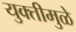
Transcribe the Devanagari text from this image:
युक्तीमुळे